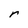
Character: r